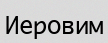
Иеровим